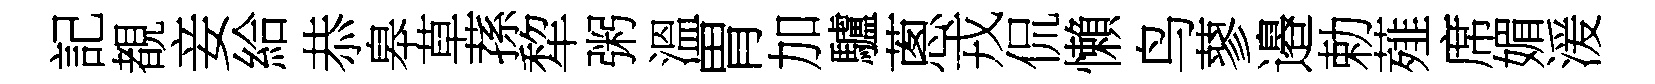
記覩妾給恭皋草蓀犂粥溫胃加驢蔥戎侃懶鸟蓼邉勅薤席媚湲